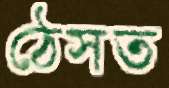
ঠেসত